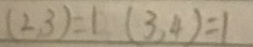
( 2 , 3 ) = 1 ( 3 , 4 ) = 1